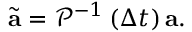
\tilde { \mathbf { a } } = \mathcal { P } ^ { - 1 } \left( \Delta t \right) \mathbf { a } .